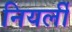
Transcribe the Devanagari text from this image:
नियर्ली